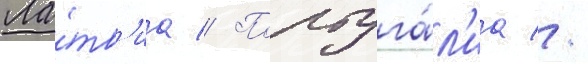
Ла́тв'иа // Португа́л'иа //